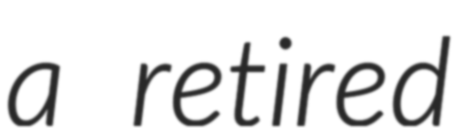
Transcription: a retired